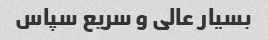
بسیار عالی و سریع سپاس